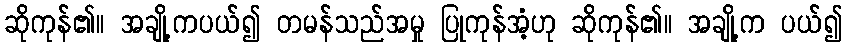
ဆိုကုန်၏။ အချို့ကပယ်၍ တမန်သည်အမှု ပြုကုန်အံ့ဟု ဆိုကုန်၏။ အချို့က ပယ်၍